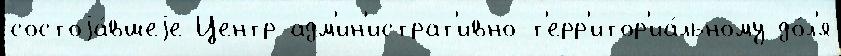
состоjа́вшеjе Центр адм'ин'истрат'ивно-т'ерр'итор'иа́льному до́л'я